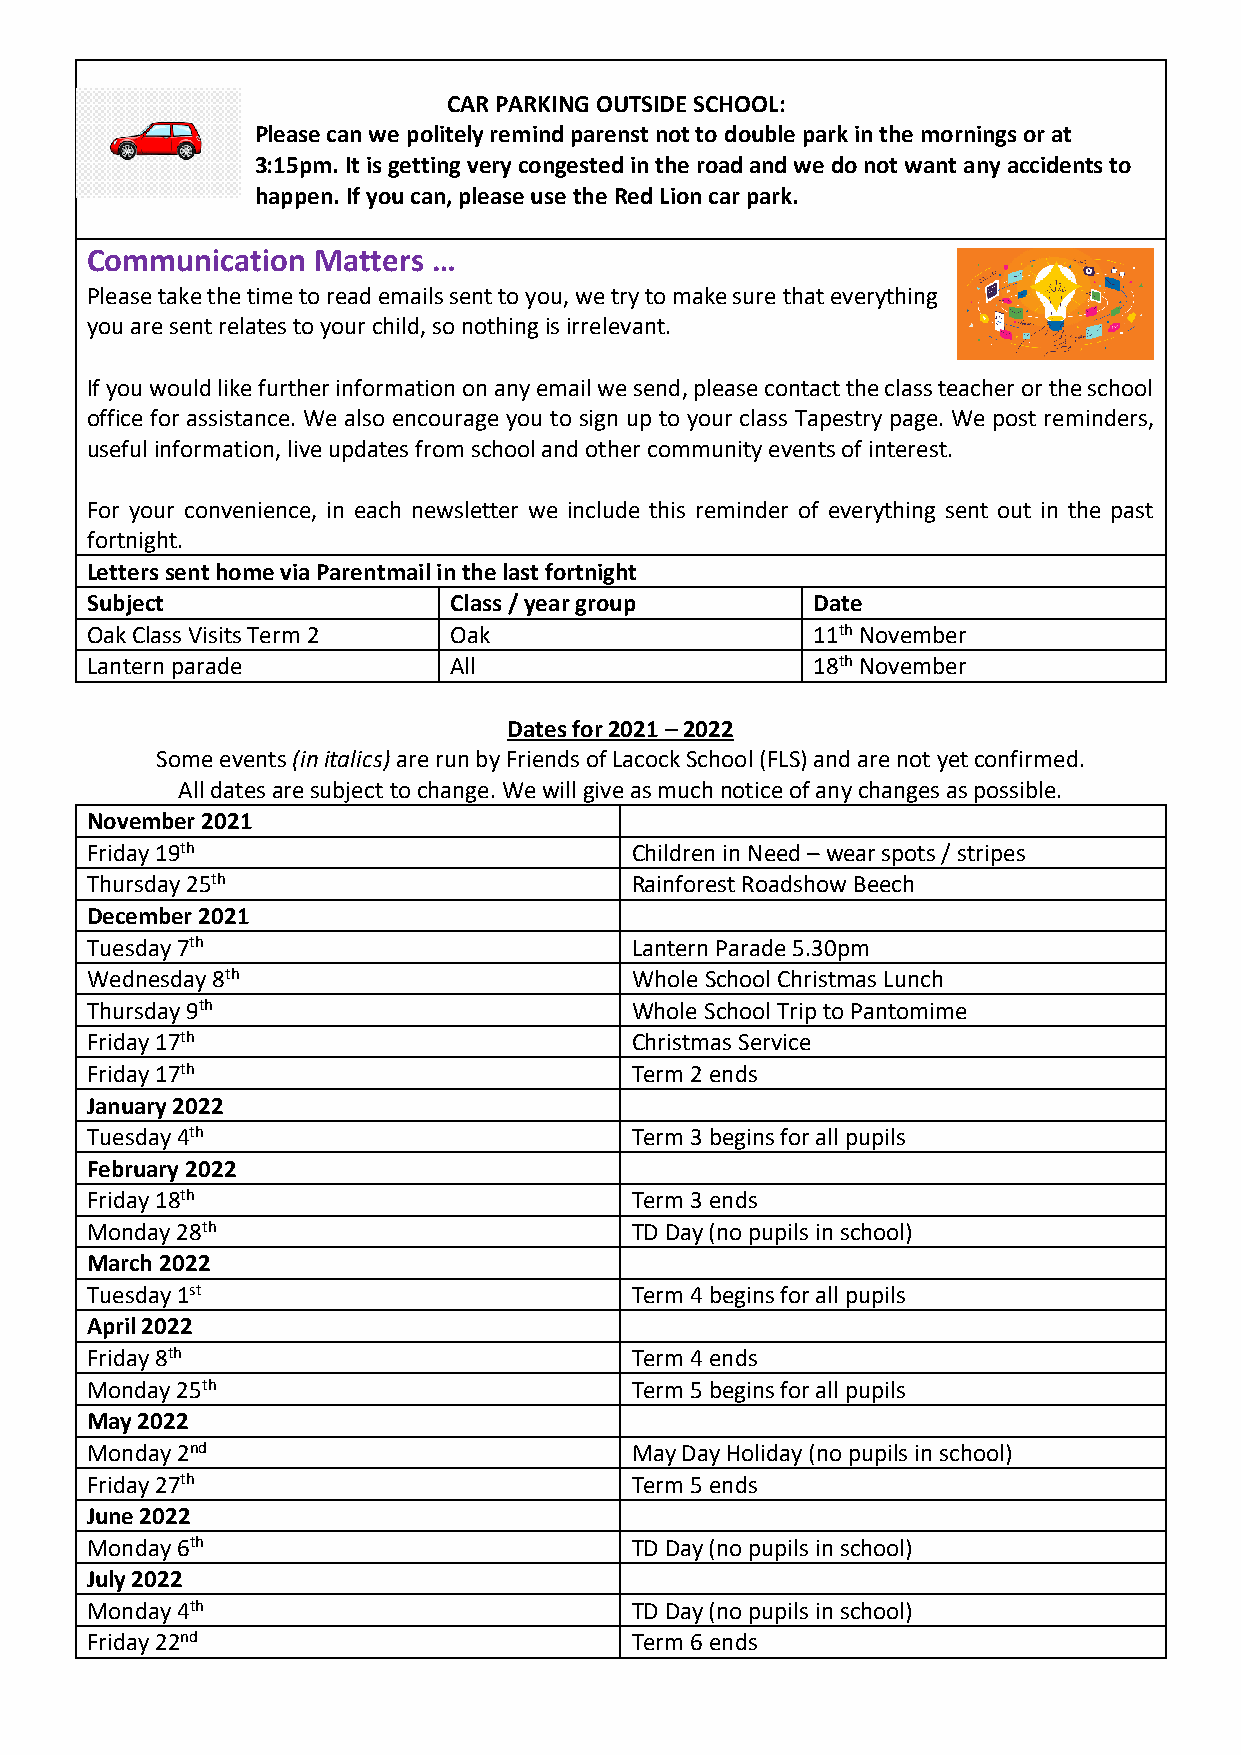
CAR PARKING OUTSIDE SCHOOL:
 Please can we politely remind parenst not to double park in the mornings or at
 3:15pm. It is getting very congested in the road and we do not want any accidents to
 happen. If you can, please use the Red Lion car park.
 Communication  Matters …
 Please take the time to read emails sent to you, we try to make sure that everything
 you are sent relates to your child, so nothing is irrelevant.
 If you would like further information on any email we send, please contact the class teacher or the school
 office for assistance. We also encourage you to sign up to your class Tapestry page. We post reminders,
 useful information, live updates from school and other community events of interest.
 For your convenience, in each newsletter we include this reminder of everything sent out in the past
 fortnight.
 Letters sent home via Parentmail in the last fortnight
 Subject                 Class / year group      Date
 Oak Class Visits Term 2 Oak                     11th November
 Lantern parade          All                     18th November
 Dates for 2021 – 2022
 Some events (in italics) are run by Friends of Lacock School (FLS) and are not yet confirmed.
 All dates are subject to change. We will give as much notice of any changes as possible.
 November 2021
 Friday 19th                         Children in Need – wear spots / stripes
 Thursday 25th                       Rainforest Roadshow Beech
 December 2021
 Tuesday 7th                         Lantern Parade 5.30pm
 Wednesday 8th                       Whole School Christmas Lunch
 Thursday 9th                        Whole School Trip to Pantomime
 Friday 17th                         Christmas Service
 Friday 17th                         Term 2 ends
 January 2022
 Tuesday 4th                         Term 3 begins for all pupils
 February 2022
 Friday 18th                         Term 3 ends
 Monday 28th                         TD Day (no pupils in school)
 March 2022
 Tuesday 1st                         Term 4 begins for all pupils
 April 2022
 Friday 8th                          Term 4 ends
 Monday 25th                         Term 5 begins for all pupils
 May 2022
 Monday 2nd                          May Day Holiday (no pupils in school)
 Friday 27th                         Term 5 ends
 June 2022
 Monday 6th                          TD Day (no pupils in school)
 July 2022
 Monday 4th                          TD Day (no pupils in school)
 Friday 22nd                         Term 6 ends